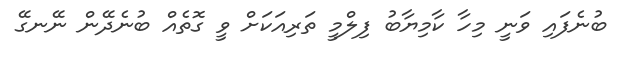
ބުނެފައި ވަނީ މިހާ ކާމިޔާބު ފިލްމީ ތަރިއަކަށް ވީ ގޮތެއް ބުނެދޭން ނޭނގޭ